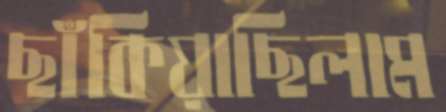
ছাঁকিয়াছিলাম